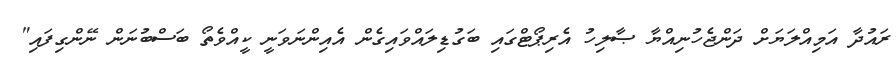
ރައުދާ އަމިއްލަޔަށް ދަންޖެހުނިއްޔާ ޞާލިހު އެރިޕޯޓްގައި ބަގުޑިލައްވައިގެން އެއިންނަވަނީ ކީއްވެތޯ ބަސްބުނަން ނޭންގިފައި"